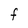
Character: F